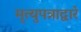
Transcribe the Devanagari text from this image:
मृत्युपत्राद्वारे